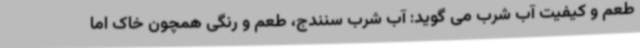
طعم و کیفیت آب شرب می گوید: آب شرب سنندج، طعم و رنگی همچون خاک اما